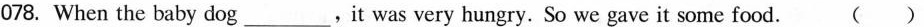
078. When the baby dog_.It was very hungry. So we gave it some food. ( )